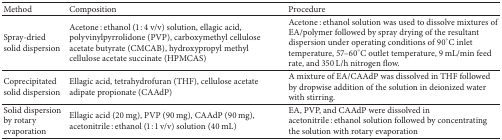
<table><thead><tr><td><b>Method </b></td><td><b>Composition </b></td><td><b>Procedure </b></td></tr></thead><tbody><tr><td>Spray-dried solid dispersion </td><td>Acetone : ethanol (1 : 4 v/v) solution, ellagic acid, polyvinylpyrrolidone (PVP), carboxymethyl cellulose acetate butyrate (CMCAB), hydroxypropyl methyl cellulose acetate succinate (HPMCAS) </td><td>Acetone : ethanol solution was used to dissolve mixtures of EA/polymer followed by spray drying of the resultant dispersion under operating conditions of 90°C inlet temperature, 57–60°C outlet temperature, 9 mL/min feed rate, and 350 L/h nitrogen flow.</td></tr><tr><td>Coprecipitated solid dispersion </td><td>Ellagic acid, tetrahydrofuran (THF), cellulose acetate adipate propionate (CAAdP)</td><td>A mixture of EA/CAAdP was dissolved in THF followed by dropwise addition of the solution in deionized water with stirring.</td></tr><tr><td>Solid dispersion by rotary evaporation</td><td>Ellagic acid (20 mg), PVP (90 mg), CAAdP (90 mg), acetonitrile : ethanol (1 : 1 v/v) solution (40 mL)</td><td>EA, PVP, and CAAdP were dissolved in acetonitrile : ethanol solution followed by concentrating the solution with rotary evaporation </td></tr></tbody></table>